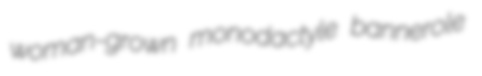
woman-grown monodactyle bannerole